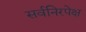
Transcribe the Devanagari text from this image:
सर्वनिरपेक्ष